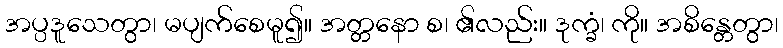
အပ္ပဒူသေတွာ၊ မပျက်စေမူ၍။ အတ္တနော စ၊ ၏လည်း။ ဒုက္ခံ၊ ကို။ အစိန္တေတွာ၊